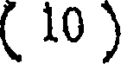
( 10 )